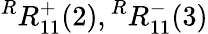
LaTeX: {}^{R}R_{11}^{+}(2),{}^{R}R_{11}^{-}(3)